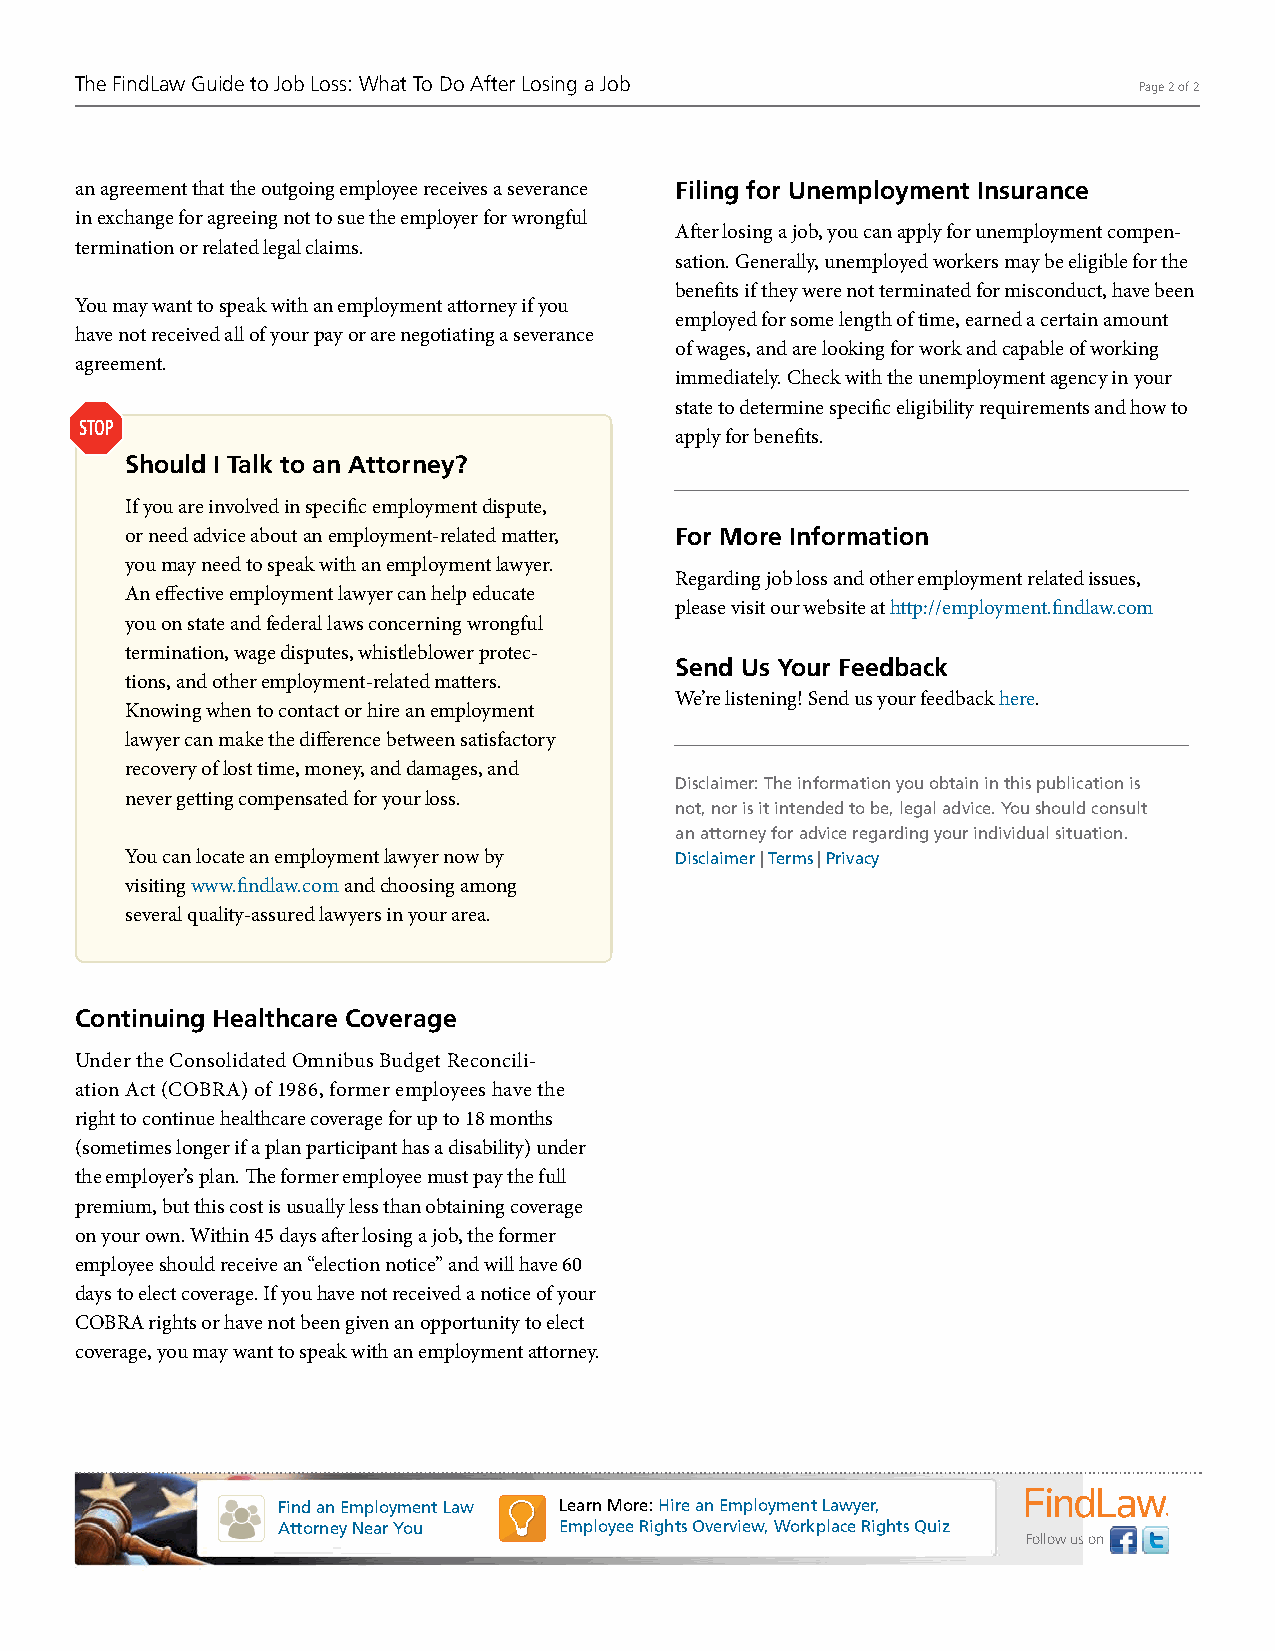
The FindLaw Guide to Job Loss: What To Do After Losing a Job          Page 2 of 2
 an agreement that the outgoing employee receives a severance Filing for Unemployment Insurance
 in exchange for agreeing not to sue the employer for wrongful
 After losing a job, you can apply for unemployment compen-
 termination or related legal claims.
 sation. Generally, unemployed workers may be eligible for the
 benefits if they were not terminated for misconduct, have been
 You may want to speak with an employment attorney if you
 employed for some length of time, earned a certain amount
 have not received all of your pay or are negotiating a severance
 of wages, and are looking for work and capable of working
 agreement.
 immediately. Check with the unemployment agency in your
 state to determine specific eligibility requirements and how to
 STOP
 apply for benefits.
 Should I Talk to an Attorney?
 Ifyouareinvolvedinspecificemploymentdispute,
 orneedadviceaboutanemployment-relatedmatter, For More Information
 youmayneedtospeakwithanemploymentlawyer.
 Regarding job loss and other employment related issues,
 Aneffectiveemploymentlawyercanhelpeducate
 please visit our website at http://employment.findlaw.com
 youonstateandfederallawsconcerningwrongful
 termination,wagedisputes,whistleblowerprotec-
 Send Us Your Feedback
 tions,andotheremployment-relatedmatters.
 We’re listening! Send us your feedback here.
 Knowingwhentocontactorhireanemployment
 lawyercanmakethedifferencebetweensatisfactory
 recoveryoflosttime,money,anddamages,and
 Disclaimer: The information you obtain in this publication is
 nevergettingcompensatedforyourloss.
 not, nor is it intended to be, legal advice. You should consult
 an attorney for advice regarding your individual situation.
 Youcanlocateanemploymentlawyernowby  Disclaimer | Terms | Privacy
 visitingwww.findlaw.comandchoosingamong
 severalquality-assuredlawyersinyourarea.
 Continuing Healthcare Coverage
 Under the Consolidated Omnibus Budget Reconcili-
 ation Act (COBRA) of 1986, former employees have the
 right to continue healthcare coverage for up to 18 months
 (sometimes longer if a plan participant has a disability) under
 the employer’s plan. The former employee must pay the full
 premium, but this cost is usually less than obtaining coverage
 on your own. Within 45 days after losing a job, the former
 employee should receive an “election notice” and will have 60
 days to elect coverage. If you have not received a notice of your
 COBRA rights or have not been given an opportunity to elect
 coverage, you may want to speak with an employment attorney.
 Find an Employment Law Learn More: Hire an Employment Lawyer,
 Attorney Near You  Employee Rights Overview, Workplace Rights Quiz
 Follow us on